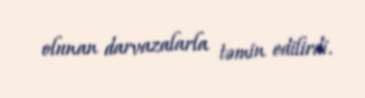
olunan darvazalarla təmin edilirdi.